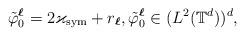
LaTeX: \begin{align*}\tilde\varphi_0^{\boldsymbol{\ell}} = 2 \varkappa_{\rm sym} + r_{\boldsymbol{\ell}}, \tilde\varphi_0^{\boldsymbol{\ell}} \in (L^2 (\mathbb T^d))^d,\end{align*}